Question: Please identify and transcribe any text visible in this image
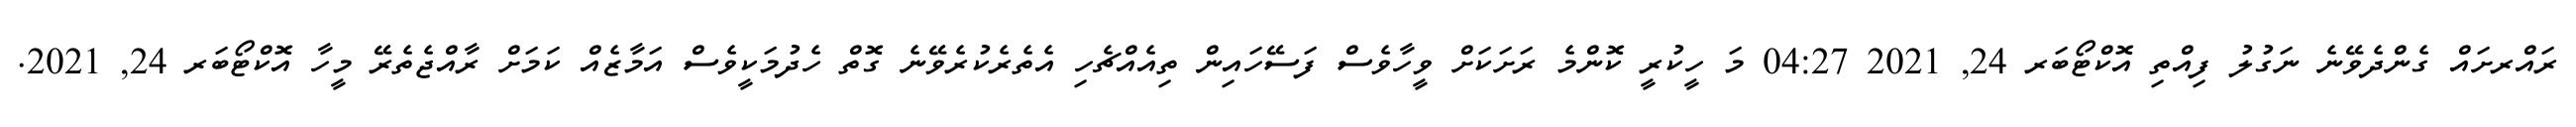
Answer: ރައްރށައް ގެންދެވޭނެ ނަގުލު ފިއްތި އޮކްޓޯބަރ 24, 2021 04:27 މަ ހީކުރީ ކޮންމެ ރަށަކަށް ވީހާވެސް ފަސޭހައިން ތިއެއްޗެހި އެތެރެކުރެވޭނެ ގޮތް ހެދުމަކީވެސް އަމާޒެއް ކަމަށް ރާއްޖެތެރޭ މީހާ އޮކްޓޯބަރ 24, 2021.